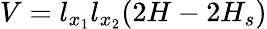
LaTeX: V=l_{x_{1}}l_{x_{2}}(2H-2H_{s})